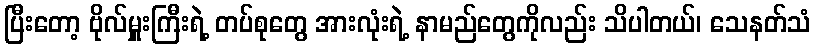
ပြီးတော့ ဗိုလ်မှူးကြီးရဲ့ တပ်စုတွေ အားလုံးရဲ့ နာမည်တွေကိုလည်း သိပါတယ်၊ သေနတ်သံ